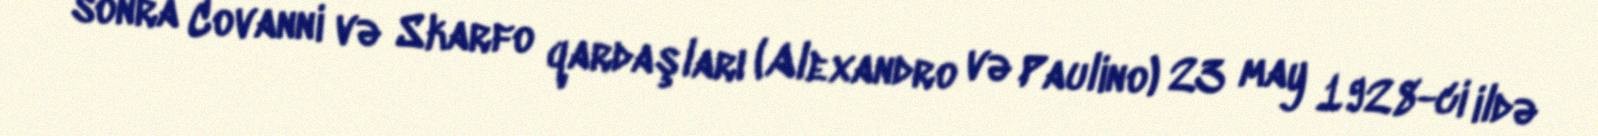
sonra Covanni və Skarfo qardaşları (Alexandro və Paulino) 23 may 1928-ci ildə